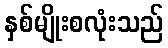
နှစ်မျိုးစလုံးသည်